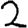
Digit: 2